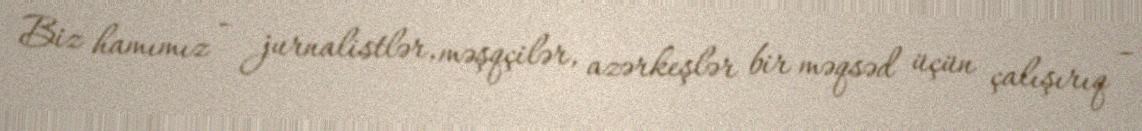
Biz hamımız - jurnalistlər, məşqçilər, azərkeşlər bir məqsəd üçün çalışırıq –